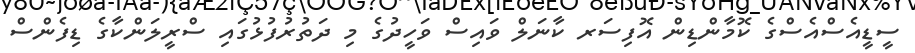
ސީޑީއެސްއެސްގެ ކޮމާންޑިން އޮފިސަރ ކާނަލް ވައިސް ވަހީދުގެ މި ދަތުރުފުޅުގައި ސްރީލަންކާގެ ޑިފެންސް